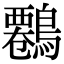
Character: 𪄷